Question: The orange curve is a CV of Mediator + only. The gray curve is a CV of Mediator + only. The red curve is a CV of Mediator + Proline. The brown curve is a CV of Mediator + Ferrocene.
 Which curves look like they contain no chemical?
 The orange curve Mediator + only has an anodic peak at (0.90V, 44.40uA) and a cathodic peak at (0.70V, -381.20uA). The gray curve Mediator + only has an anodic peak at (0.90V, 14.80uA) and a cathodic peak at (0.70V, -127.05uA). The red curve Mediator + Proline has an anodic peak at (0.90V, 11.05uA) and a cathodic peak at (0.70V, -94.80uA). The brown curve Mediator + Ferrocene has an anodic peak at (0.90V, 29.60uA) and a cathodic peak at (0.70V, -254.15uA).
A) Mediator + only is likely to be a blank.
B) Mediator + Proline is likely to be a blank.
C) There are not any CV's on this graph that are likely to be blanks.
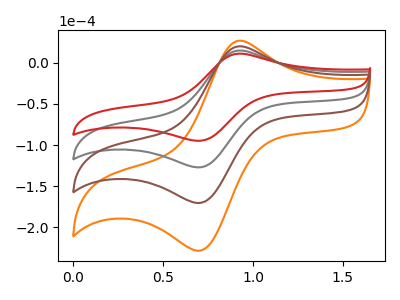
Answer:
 <answer>C) There are not any CV's on this graph that are likely to be blanks.</answer>
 <eval>C</eval>